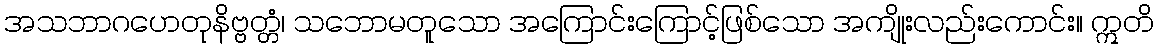
အသဘာဂဟေတုနိဗ္ဗတ္တံ၊ သဘောမတူသော အကြောင်းကြောင့်ဖြစ်သော အကျိုးလည်းကောင်း။ ဣတိ